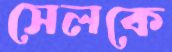
সেলকে